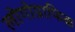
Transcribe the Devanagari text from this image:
लोगोग्राफिक